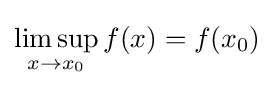
\limsup _{x\to x_{0}}f(x)=f(x_{0})